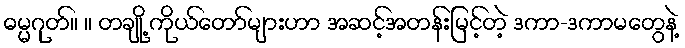
ဓမ္မဂုတ်။ ။ တချို့ ကိုယ်တော်များဟာ အဆင့်အတန်းမြင့်တဲ့ ဒကာ-ဒကာမတွေနဲ့